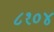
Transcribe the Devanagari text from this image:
८१०४